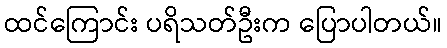
ထင်ကြောင်း ပရိသတ်ဦးက ပြောပါတယ်။